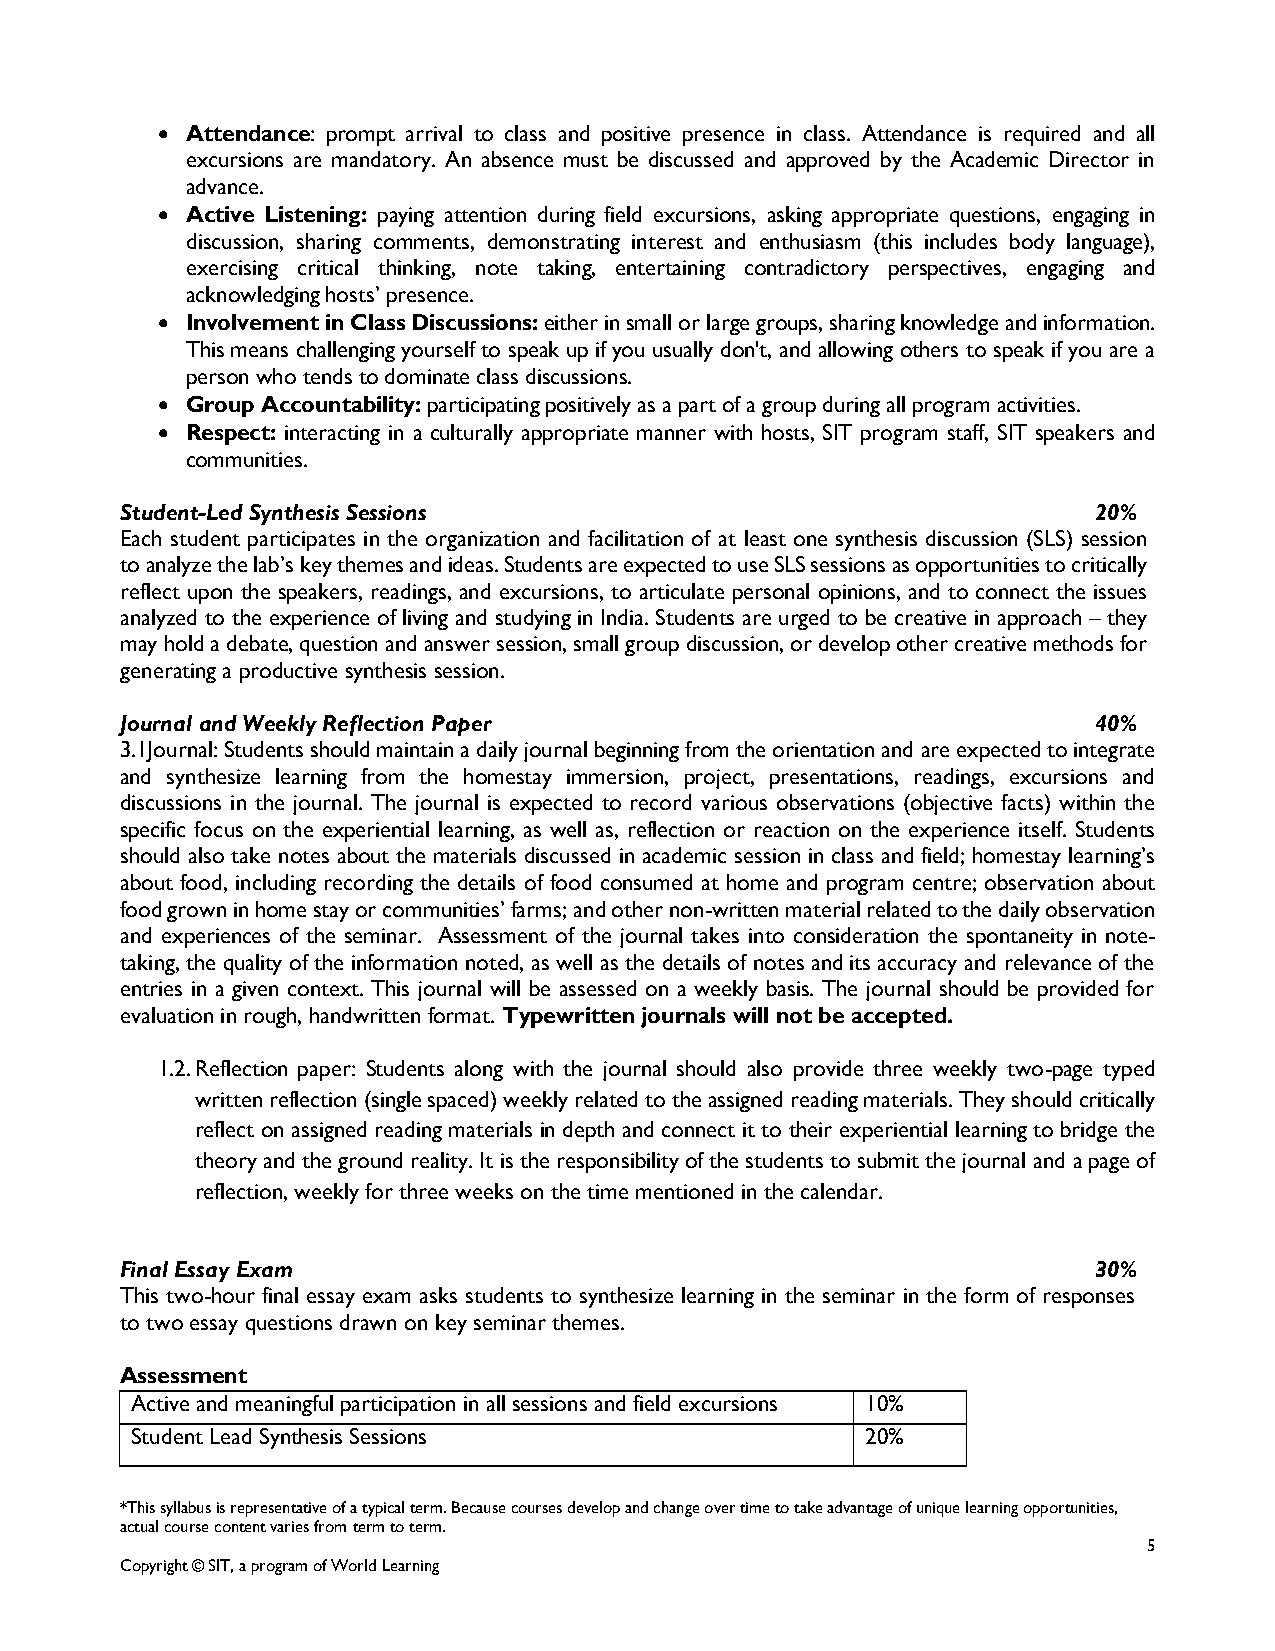
 Attendance: prompt arrival to class and positive presence in class. Attendance is required and all
 excursions are mandatory. An absence must be discussed and approved by the Academic Director in
 advance.
  Active Listening: paying attention during field excursions, asking appropriate questions, engaging in
 discussion, sharing comments, demonstrating interest and enthusiasm (this includes body language),
 exercising critical thinking, note taking, entertaining contradictory perspectives, engaging and
 acknowledging hosts’ presence.
  Involvement in Class Discussions: either in small or large groups, sharing knowledge and information.
 This means challenging yourself to speak up if you usually don't, and allowing others to speak if you are a
 person who tends to dominate class discussions.
  Group Accountability: participating positively as a part of a group during all program activities.
  Respect: interacting in a culturally appropriate manner with hosts, SIT program staff, SIT speakers and
 communities.
 Student-Led Synthesis Sessions                                   20%
 Each student participates in the organization and facilitation of at least one synthesis discussion (SLS) session
 to analyze the lab’s key themes and ideas. Students are expected to use SLS sessions as opportunities to critically
 reflect upon the speakers, readings, and excursions, to articulate personal opinions, and to connect the issues
 analyzed to the experience of living and studying in India. Students are urged to be creative in approach – they
 may hold a debate, question and answer session, small group discussion, or develop other creative methods for
 generating a productive synthesis session.
 Journal and Weekly Reflection Paper                              40%
 3.1Journal: Students should maintain a daily journal beginning from the orientation and are expected to integrate
 and synthesize learning from the homestay immersion, project, presentations, readings, excursions and
 discussions in the journal. The journal is expected to record various observations (objective facts) within the
 specific focus on the experiential learning, as well as, reflection or reaction on the experience itself. Students
 should also take notes about the materials discussed in academic session in class and field; homestay learning’s
 about food, including recording the details of food consumed at home and program centre; observation about
 food grown in home stay or communities’ farms; and other non-written material related to the daily observation
 and experiences of the seminar. Assessment of the journal takes into consideration the spontaneity in note-
 taking, the quality of the information noted, as well as the details of notes and its accuracy and relevance of the
 entries in a given context. This journal will be assessed on a weekly basis. The journal should be provided for
 evaluation in rough, handwritten format. Typewritten journals will not be accepted.
 1.2. Reflection paper: Students along with the journal should also provide three weekly two-page typed
 written reflection (single spaced) weekly related to the assigned reading materials. They should critically
 reflect on assigned reading materials in depth and connect it to their experiential learning to bridge the
 theory and the ground reality. It is the responsibility of the students to submit the journal and a page of
 reflection, weekly for three weeks on the time mentioned in the calendar.
 Final Essay Exam                                                 30%
 This two-hour final essay exam asks students to synthesize learning in the seminar in the form of responses
 to two essay questions drawn on key seminar themes.
 Assessment
 Active and meaningful participation in all sessions and field excursions 10%
 Student Lead Synthesis Sessions                 20%
 *This syllabus is representative of a typical term. Because courses develop and change over time to take advantage of unique learning opportunities,
 actual course content varies from term to term.
 5
 Copyright © SIT, a program of World Learning